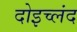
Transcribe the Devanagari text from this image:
दोइच्लंद